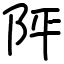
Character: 𨸶